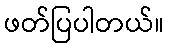
ဖတ်ပြပါတယ်။